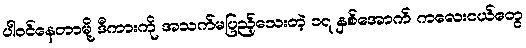
ပါဝင်နေတာမို့ ဒီကားကို အသက်မပြည့်သေးတဲ့ ၁၇ နှစ်အောက် ကလေးငယ်တွေ